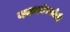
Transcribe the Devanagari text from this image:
नाटकांमध्येही